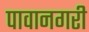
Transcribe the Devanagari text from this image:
पावानगरी